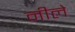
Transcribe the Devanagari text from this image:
नीले